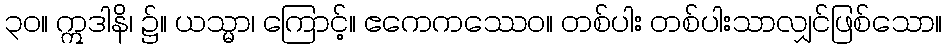
၃၀။ ဣဒါနိ၊ ၌။ ယသ္မာ၊ ကြောင့်။ ဧကေကဿေဝ။ တစ်ပါး တစ်ပါးသာလျှင်ဖြစ်သော။